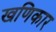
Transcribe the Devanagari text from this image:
खणिकार